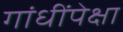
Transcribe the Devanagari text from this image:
गांधींपेक्षा